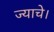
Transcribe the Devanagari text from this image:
ज्याचे।